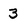
Character: 3